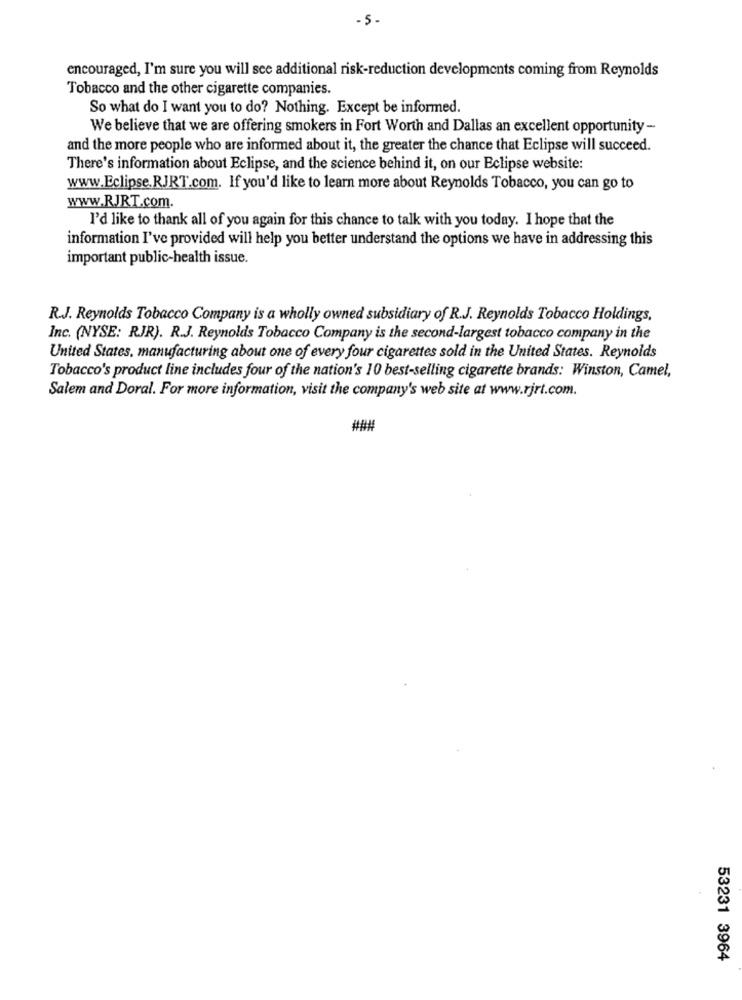
- 5-
encouraged, I'm sure you will see additional risk-reduction developments coming from Reynolds
Tobacco and the other cigarette companies.
So what do I want you to do? Nothing. Except be informed.
We believe that we are offering smokers in Fort Worth and Dallas an excellent opportunity-
and the more people who are informed about it, the greater the chance that Eclipse will succeed.
There's information about Eclipse, and the science behind it, on our Eclipse website:
www.Eclipse.RJRT.com. If you'd like to learn more about Reynolds Tobacco, you can go to
www.RJRT.com.
I'd like to thank all of you again for this chance to talk with you today. I hope that the
information I've provided will help you better understand the options we have in addressing this
important public-health issue.
R.J. Reynolds Tobacco Company is a wholly owned subsidiary of R.J. Reynolds Tobacco Holdings,
Inc. (NYSE: RJR). R.J. Reynolds Tobacco Company is the second-largest tobacco company in the
United States, manufacturing about one of every four cigarettes sold in the United States. Reynolds
Tobacco's product line includes four of the nation's 10 best-selling cigarette brands: Winston, Camel,
Salem and Doral. For more information, visit the company's web site at www.rjrt.com.
###
53231 3964